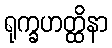
ရုက္ခဟတ္ထိနာ